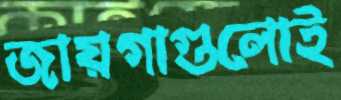
জায়গাগুলোই